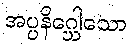
အပ္ပနိဂ္ဃေါသော